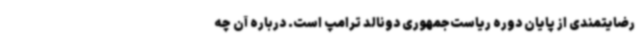
رضایتمندی از پایان دوره ریاست‌جمهوری دونالد ترامپ است. درباره آن چه